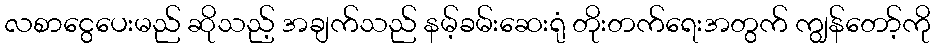
လစာငွေပေးမည် ဆိုသည့် အချက်သည် နမ့်ခမ်းဆေးရုံ တိုးတက်ရေးအတွက် ကျွန်တော့်ကို